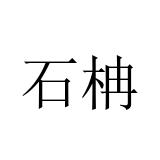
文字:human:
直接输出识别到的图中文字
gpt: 石柟